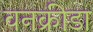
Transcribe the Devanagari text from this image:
वनक्रीडा